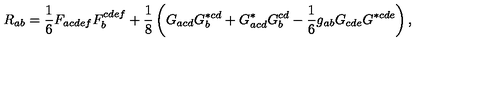
R _ { a b } = \frac { 1 } { 6 } F _ { a c d e f } F _ { b } ^ { c d e f } + \frac { 1 } { 8 } \left( G _ { a c d } G _ { b } ^ { * c d } + G _ { a c d } ^ { * } G _ { b } ^ { c d } - \frac { 1 } { 6 } g _ { a b } G _ { c d e } G ^ { * c d e } \right) ,